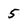
Character: 5